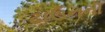
ટાઉનનો